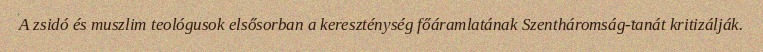
A zsidó és muszlim teológusok elsősorban a kereszténység főáramlatának Szentháromság-tanát kritizálják.